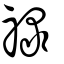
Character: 祿